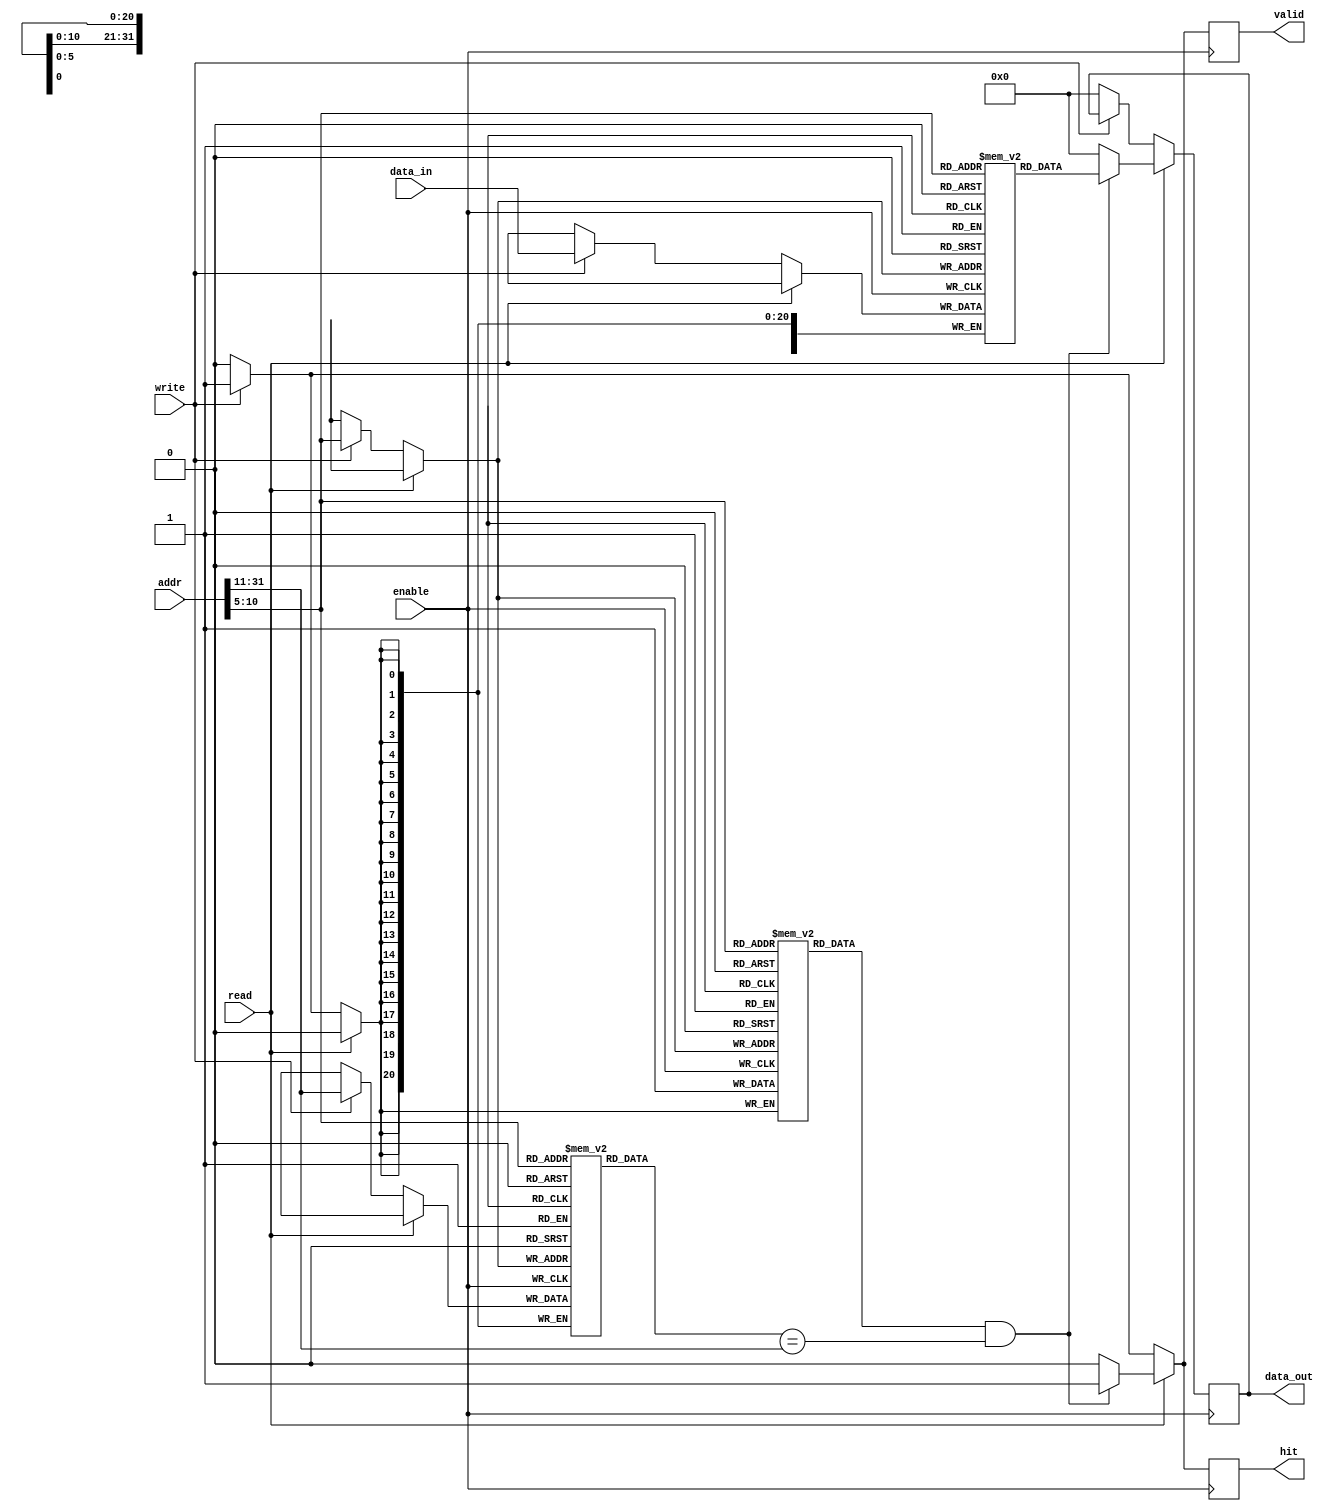
module DirectMappedCache #(parameter N = 32, // Total address width
                            parameter M = 32, // Data width
                            parameter C = 64  // Number of cache lines
                            ) (
    input [N-1:0] addr,          // Address input
    input [M-1:0] data_in,       // Data input
    input read,                  // Read control signal
    input write,                 // Write control signal
    input enable,                // Enable control signal
    output reg [M-1:0] data_out, // Data output
    output reg hit,              // Hit signal
    output reg valid             // Valid signal
);

// Internal parameters for cache organization
localparam INDEX_BITS = $clog2(C);
localparam TAG_BITS = N - INDEX_BITS - $clog2(M); // Assuming block offset is log2(block size)
localparam BLOCK_OFFSET_BITS = $clog2(M);

// Cache line structure
reg [TAG_BITS-1:0] tag [0:C-1]; // Tag array
reg [M-1:0] cache_data [0:C-1]; // Data array
reg valid_bit [0:C-1];           // Valid bits for each line

// Address breakdown
wire [INDEX_BITS-1:0] index = addr[INDEX_BITS + BLOCK_OFFSET_BITS - 1:BLOCK_OFFSET_BITS]; // Index from address
wire [TAG_BITS-1:0] tag_in = addr[N-1:INDEX_BITS + BLOCK_OFFSET_BITS]; // Tag from address

always @(posedge enable) begin
    if (read) begin
        // Read operation
        if (valid_bit[index] && (tag[index] == tag_in)) begin // Cache hit
            data_out <= cache_data[index];
            hit <= 1'b1;
            valid <= 1'b1;
        end else begin // Cache miss
            data_out <= {M{1'b0}}; // output zero or handle miss accordingly
            hit <= 1'b0;
            valid <= 1'b0;
        end
    end else if (write) begin
        // Write operation
        cache_data[index] <= data_in; // Write data into cache
        tag[index] <= tag_in;           // Update the tag
        valid_bit[index] <= 1'b1;       // Set line as valid
        hit <= 1'b1;                    // Assume write always hits
        valid <= 1'b1;                  // Indicate valid data
    end else begin
        // Default outputs when not enabling cache
        data_out <= {M{1'b0}};
        hit <= 1'b0;
        valid <= 1'b0;
    end
end

endmodule